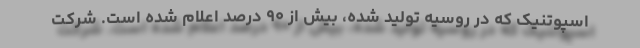
اسپوتنیک که در روسیه تولید شده، بیش از ۹۰ درصد اعلام شده است. شرکت